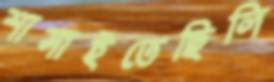
শাসাইতেছিলি